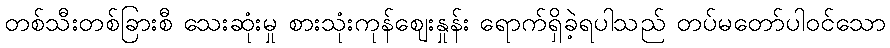
တစ်သီးတစ်ခြားစီ သေးဆုံးမှု စားသုံးကုန်ဈေးနှုန်း ရောက်ရှိခဲ့ရပါသည် တပ်မတော်ပါဝင်သော